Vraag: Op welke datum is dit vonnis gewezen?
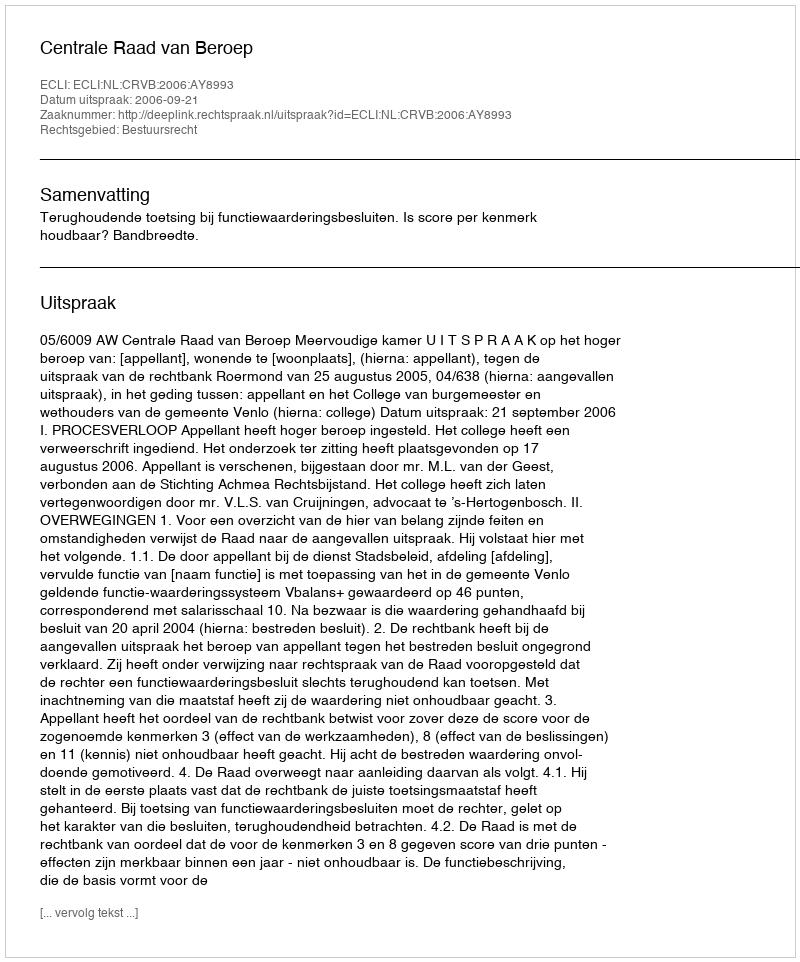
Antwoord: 2006-09-21